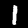
Label: 1